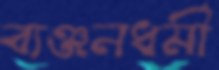
ব্যঞ্জনধর্মী